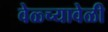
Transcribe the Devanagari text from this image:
वेळ्च्यावेळी